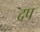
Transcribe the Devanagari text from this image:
दप